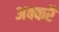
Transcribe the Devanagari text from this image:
अक्करै